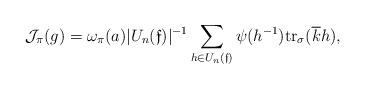
LaTeX: \begin{align*}\mathcal{J}_{\pi}(g) = \omega_{\pi}(a)|U_n(\mathfrak{f})|^{-1}\sum_{h \in U_n(\mathfrak{f})} \psi(h^{-1})\mathrm{tr}_\sigma(\overline{k}h),\end{align*}